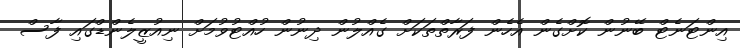
އިންޓަނެޓް ބޭނުން ކޮށްގެން އެހެން ފަރާތްތަކަށް ގެއްލުން ދިނުން ހުއްޓުވުމަށް ނިއުޒީލެންޑްގައި ފާސް